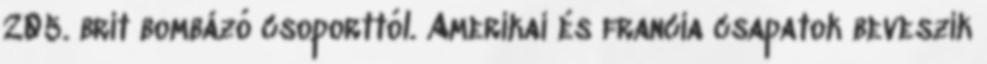
205. brit bombázó csoporttól. Amerikai és francia csapatok beveszik